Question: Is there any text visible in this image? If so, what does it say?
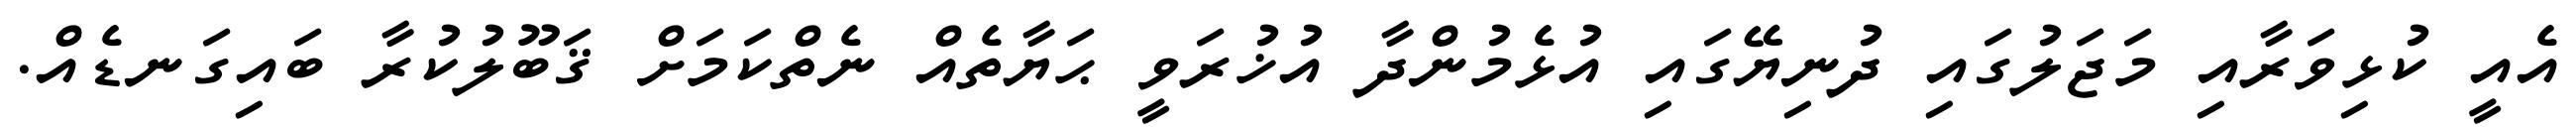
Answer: އެއީ ކުޅިވަރާއި މަޖަލުގައި ދުނިޔޭގައި އުޅެމުންދާ އުޚުރަވީ ޙަޔާތެއް ނެތްކަމަށް ޤަބޫލުކުރާ ބައިގަނޑެއް.